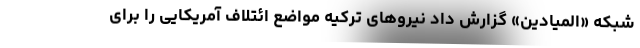
شبکه «المیادین» گزارش داد نیروهای ترکیه مواضع ائتلاف آمریکایی را برای